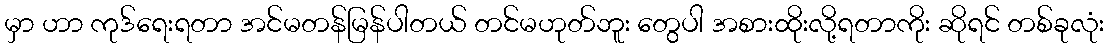
မှာ ဟာ ကုဒ်ရေးရတာ အင်မတန်မြန်ပါတယ် တင်မဟုတ်ဘူး တွေပါ အစားထိုးလို့ရတာကိုး ဆိုရင် တစ်ခုလုံး